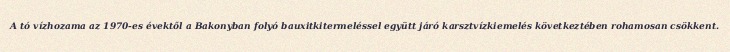
A tó vízhozama az 1970-es évektől a Bakonyban folyó bauxitkitermeléssel együtt járó karsztvízkiemelés következtében rohamosan csökkent.